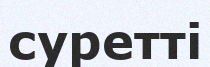
суретті